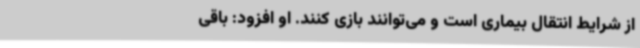
از شرایط انتقال بیماری است و می‌توانند بازی کنند. او افزود: باقی